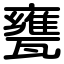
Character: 甕